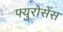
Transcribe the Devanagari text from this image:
फ्युरोसेंस